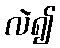
လဲ၍